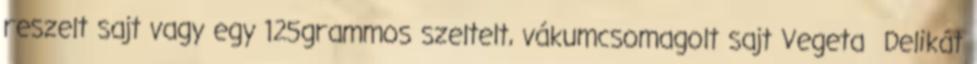
reszelt sajt vagy egy 125grammos szeltelt, vákumcsomagolt sajt Vegeta Delikát